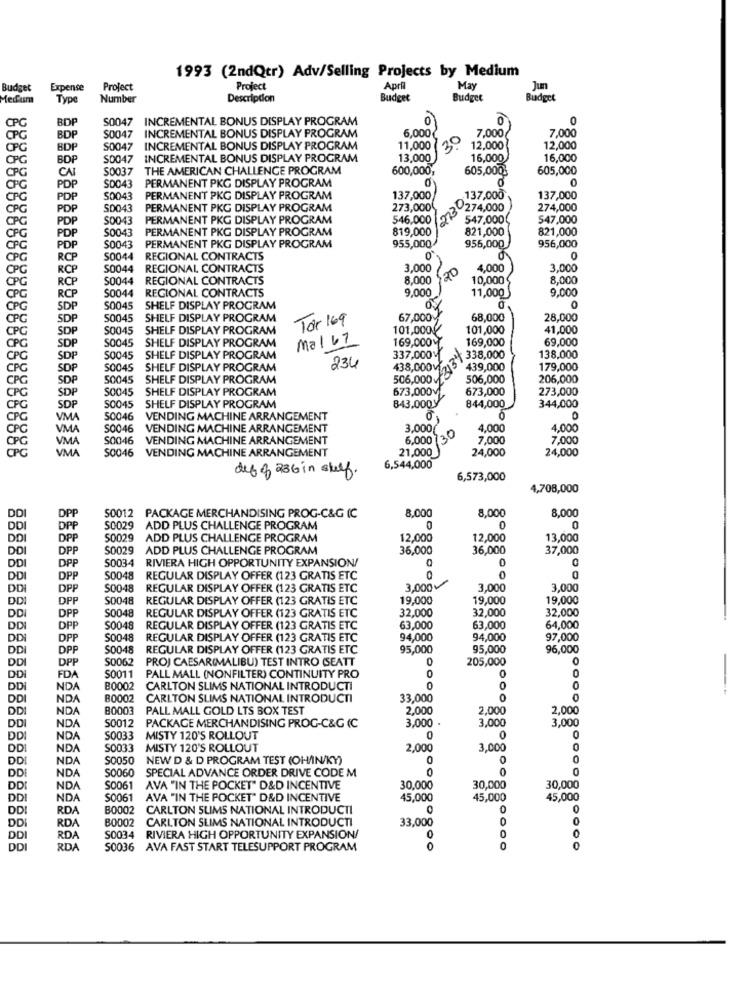
1993 (2ndQtr) Adv/Selling Projects by Medium
Budget
Expense
Project
Project
April
May
Jun
Mecum
Type
Number
Description
Budget
Budget
Budget
BDP
S0047 INCREMENTAL BONUS DISPLAY PROGRAM
0
CPC
INCREMENTAL BONUS DISPLAY PROGRAM
6,000
7,000
CPG
BDF
S0047
20
7,000
CPG
BDF
S0047 INCREMENTAL BONUS DISPLAY PROGRAM
11,000
12,000
12,000
CPC
BDF
S0047
INCREMENTAL BONUS DISPLAY PROGRAM
13,000
16,000
16,000
CPG
CAI
S0037 THE AMERICAN CHALLENGE PROGRAM
600,000,
605,000%
605,000
S0043
CPC
PDP
PERMANENT PKG DISPLAY PROGRAM
CPC
PDP
S0043
PERMANENT PKG DISPLAY PROGRAM
137,000
137,000
137,000
CPG
PDP
S0043
PERMANENT PKG DISPLAY PROGRAM
273,000
203 274.000
274,000
CPG
PDP
S0043
PERMANENT PKG DISPLAY PROGRAM
546,000
547,000
547,000
CPG
PDP
$0043
PERMANENT PKG DISPLAY PROGRAM
819,000
821,000
821,000
955,000
956,000
CPG
PDP
S0043
PERMANENT PKG DISPLAY PROGRAM
955,000
CPC
RCP
S0044
REGIONAL CONTRACTS
0
CPC
RCP
S0044
REGIONAL CONTRACTS
3,000
4,000
3,000
CPG
RCP
S0044
REGIONAL CONTRACTS
8,000
10,000
8,000
S0044
9,000
CPG
RCP
REGIONAL CONTRACTS
11,000
9,000
CPG
SDP
S0045
SHELF DISPLAY PROGRAM
CPG
SDP
50045
SHELF DISPLAY PROGRAM
Tor 169
67,000%
68,000
28,000
CPG
SDP
S0045
SHELF DISPLAY PROGRAM
101,000g
101,000
41,000
SDP
S0045
Mal 67
169,000M.
169,000
69,000
CPG
SHELF DISPLAY PROGRAM
CPG
SDP
50045
SHELF DISPLAY PROGRAM
337,000
212'\ 338,000
138,000
CPG
SOP
S0045
SHELF DISPLAY PROGRAM
234
438,000v
439,000
179,000
CPG
SDP
50045
SHELF DISPLAY PROGRAM
506,000
506,000
206,000
SDP
S0045 SHELF DISPLAY PROGRAM
673,000v
673,000
273,000
CPG
CPG
SDP
50045 SHELF DISPLAY PROGRAM
843.000y
844,000
344,000
CPG
VMA
50046
VENDING MACHINE ARRANGEMENT
O
CPC
VMA
S0046 VENDING MACHINE ARRANGEMENT
3,000(
4.000
4,000
VMA
S0046 VENDING MACHINE ARRANGEMENT
6,000 73
7,000
7,000
CPG
CPG
VMA
S0046
VENDING MACHINE ARRANGEMENT
21,000
24,000
24,000
def 8 236 in stuff.
6,544,000
6,573,000
4,708,000
DPP
8,000
8.000
8,000
DD
50012 PACKAGE MERCHANDISING PROG-C&G (C
DDI
DPP
S0029 ADD PLUS CHALLENGE PROGRAM
0
0
DD
DPP
50029 ADD PLUS CHALLENGE PROGRAM
12,000
12,000
13,000
DO
DPP
S0029
ADD PLUS CHALLENGE PROGRAM
36,000
36,000
37,000
S0034
DD
DPP
RIVIERA HIGH OPPORTUNITY EXPANSION/
DD
DPP
S0048
REGULAR DISPLAY OFFER (123 GRATIS ETC
DDI
DPP
S0048
REGULAR DISPLAY OFFER (123 GRATIS ETC
3,000v
3,000
3,000
DD
DPP
S0048
REGULAR DISPLAY OFFER (123 GRATIS ETC
19,000
19,000
19,000
DPP
S0048
32,000
32,000
DD
REGULAR DISPLAY OFFER (123 GRATIS ETC
32,000
DD
DPP
S0048
REGULAR DISPLAY OFFER (123 GRATIS ETC
63,000
63,000
64,000
DD
DPP
$0048
REGULAR DISPLAY OFFER (123 GRATIS ETC
94,000
94,000
97,000
DD
DPP
S0048
REGULAR DISPLAY OFFER (123 GRATIS ETC
95,000
95,000
96,000
DD
DPP
S0062
PROJ CAESAR(MALIBU) TEST INTRO SEATT
0
205,000
0
0
DDI
FDA
S0011
PALL MALL (NONFILTER) CONTINUITY PRO
-
DD
NDA
B0002
CARLTON SLIMS NATIONAL INTRODUCTI
0
0
DD
NDA
B0002
CARLTON SLIMS NATIONAL INTRODUCTI
33,000
0
0
DD
NDA
80003
PALL MALL GOLD LTS BOX TEST
2,000
2,000
2,000
DD
NDA
S0012
3,000 .
3,000
PACKAGE MERCHANDISING PROG-C&G (C
3,000
DD
NDA
S0033
MISTY 120'S ROLLOUT
0
DD
NDA
S0033
MISTY 120'S ROLLOUT
2,000
3,000
DD
NDA
S0050
NEW D & D PROGRAM TEST (OHAIN/KY)
0
0
0
NDA
S0060
0
0
0
DDI
SPECIAL ADVANCE ORDER DRIVE CODE M
DD
NDA
S0061
AVA "IN THE POCKET" D&D INCENTIVE
30,000
30,000
30,000
DD
NDA
S0061 AVA "IN THE POCKET" D&D INCENTIVE
45,000
45,000
45,000
DDI
RDA
B0002
CARLTON SLIMS NATIONAL INTRODUCTI
0
RDA
B0002 CARLTON SLIMS NATIONAL INTRODUCTI
33,000
0
DDI
DD
RDA
S0034 RIVIERA HIGH OPPORTUNITY EXPANSION/
0
0
DDI
RDA
S0036 AVA FAST START TELESUPPORT PROGRAM
0
0
0